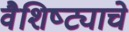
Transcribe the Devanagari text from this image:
वैशिष्ट्याचे